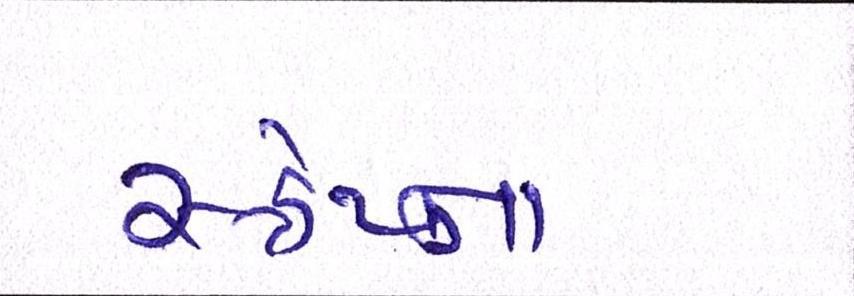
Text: સ્ક્રેપ્ના